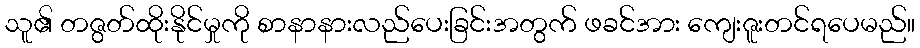
သူ၏ တဇွတ်ထိုးနိုင်မှုကို စာနာနားလည်ပေးခြင်းအတွက် ဖခင်အား ကျေးဇူးတင်ရပေမည်။